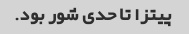
پیتزا تا حدی شور بود.